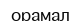
орамал